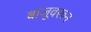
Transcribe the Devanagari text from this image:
बाजूवरून